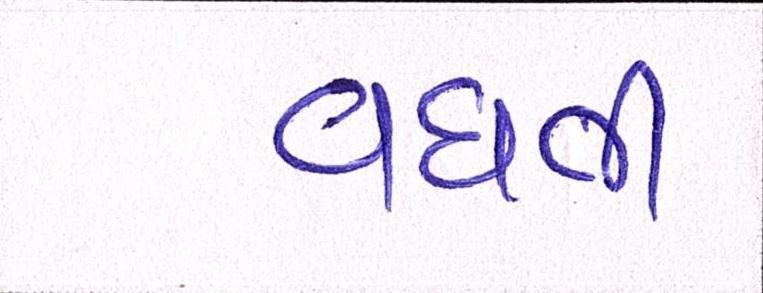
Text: વધતી